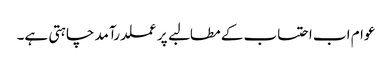
عوام اب احتساب کے مطالبے پر عملدرآمد چاہتی ہے۔